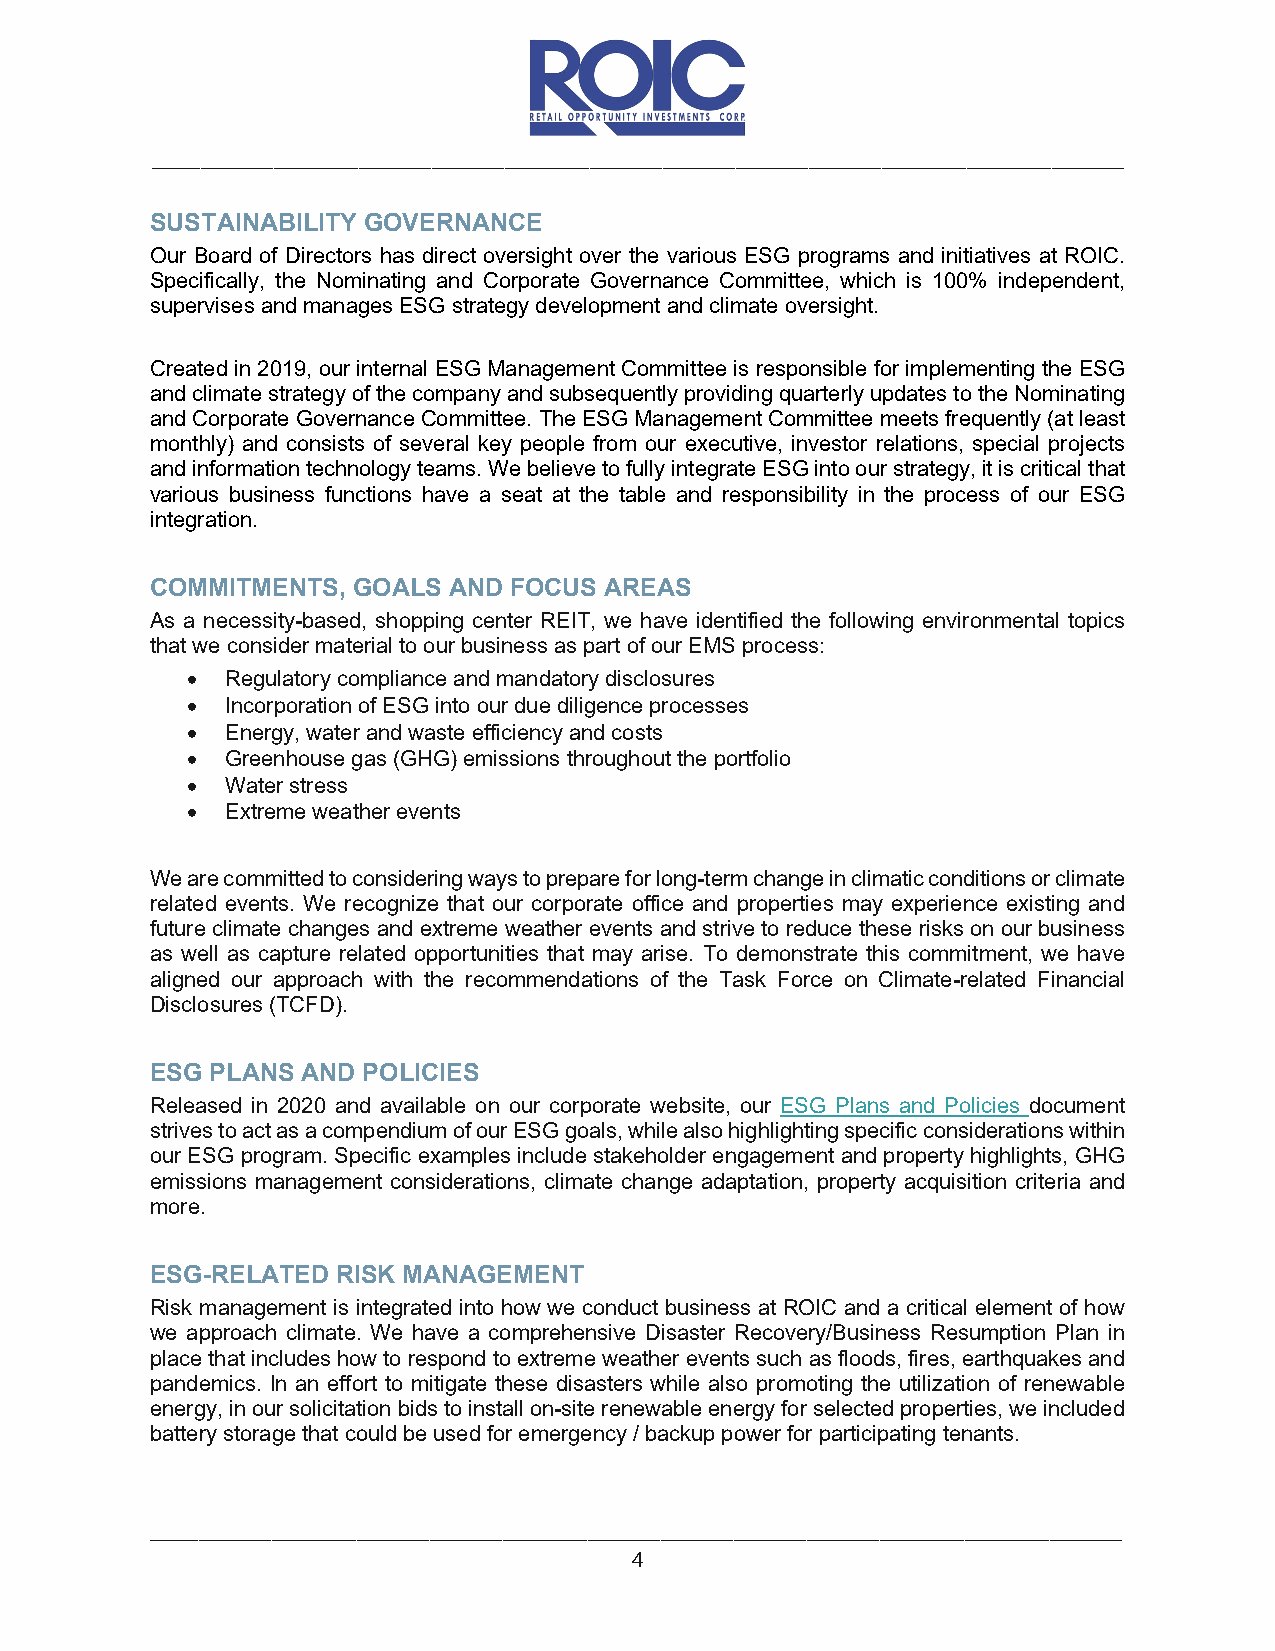
________________________________________________________________________________
 SUSTAINABILITY GOVERNANCE
 Our Board of Directors has direct oversight over the various ESG programs and initiatives at ROIC.
 Specifically, the Nominating and Corporate Governance Committee, which is 100% independent,
 supervises and manages ESG strategy development and climate oversight.
 Created in 2019, our internal ESG Management Committee is responsible for implementing the ESG
 and climate strategy of the company and subsequently providing quarterly updates to the Nominating
 and Corporate Governance Committee. The ESG Management Committee meets frequently (at least
 monthly) and consists of several key people from our executive, investor relations, special projects
 and information technology teams. We believe to fully integrate ESG into our strategy, it is critical that
 various business functions have a seat at the table and responsibility in the process of our ESG
 integration.
 COMMITMENTS, GOALS  AND FOCUS AREAS
 As a necessity-based, shopping center REIT, we have identified the following environmental topics
 that we consider material to our business as part of our EMS process:
 •  Regulatory compliance and mandatory disclosures
 •  Incorporation of ESG into our due diligence processes
 •  Energy, water and waste efficiency and costs
 •  Greenhouse gas (GHG) emissions throughout the portfolio
 •  Water stress
 •  Extreme weather events
 We are committed to considering ways to prepare for long-term change in climatic conditions or climate
 related events. We recognize that our corporate office and properties may experience existing and
 future climate changes and extreme weather events and strive to reduce these risks on our business
 as well as capture related opportunities that may arise. To demonstrate this commitment, we have
 aligned our approach with the recommendations of the Task Force on Climate-related Financial
 Disclosures (TCFD).
 ESG PLANS AND POLICIES
 Released in 2020 and available on our corporate website, our ESG Plans and Policies document
 strives to act as a compendium of our ESG goals, while also highlighting specific considerations within
 our ESG program. Specific examples include stakeholder engagement and property highlights, GHG
 emissions management considerations, climate change adaptation, property acquisition criteria and
 more.
 ESG-RELATED RISK MANAGEMENT
 Risk management is integrated into how we conduct business at ROIC and a critical element of how
 we approach climate. We have a comprehensive Disaster Recovery/Business Resumption Plan in
 place that includes how to respond to extreme weather events such as floods, fires, earthquakes and
 pandemics. In an effort to mitigate these disasters while also promoting the utilization of renewable
 energy, in our solicitation bids to install on-site renewable energy for selected properties, we included
 battery storage that could be used for emergency / backup power for participating tenants.
 ________________________________________________________________________________
 4